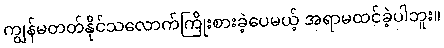
ကျွန်မတတ်နိုင်သလောက်ကြိုးစားခဲ့ပေမယ့် အရာမထင်ခဲ့ပါဘူး။